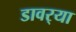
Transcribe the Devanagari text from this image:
डावर्‍या